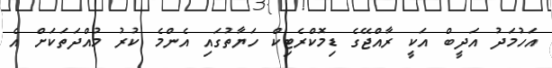
އަހުމަދު އަދީބް އަކީ ރާއްޖޭގެ ޑިމޮކްރެޓިކް ހަޔާތުގައި އެންމެ ކުރު މުއްދަތަކަށް އެ